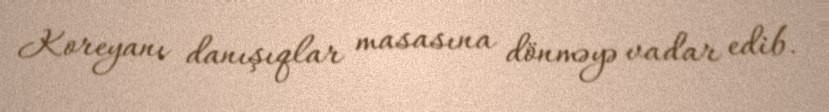
Koreyanı danışıqlar masasına dönməyə vadar edib.